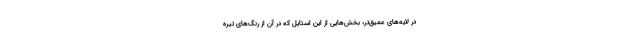
در لایه‌های عمیق‌تر، بخش‌هایی از این استایل که در آن از رنگ‌های تیره